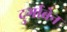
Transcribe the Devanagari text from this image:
दुर्गाबेन